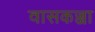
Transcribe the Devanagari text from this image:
वासकज्जा